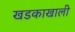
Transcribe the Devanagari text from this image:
खडकाखाली